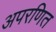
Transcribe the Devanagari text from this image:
अपरणित